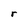
Character: r